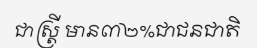
ជាស្ត្រី មាន៣២%ជាជនជាតិ